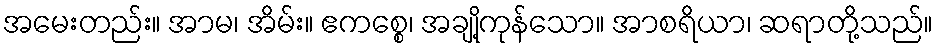
အမေးတည်း။ အာမ၊ အိမ်း။ ဧကစ္စေ၊ အချို့ကုန်သော။ အာစရိယာ၊ ဆရာတို့သည်။